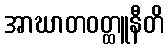
အာဃာတဝတ္ထူနီတိ